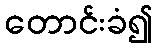
တောင်းခံ၍